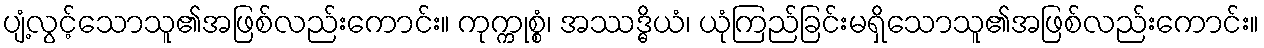
ပျံ့လွင့်သောသူ၏အဖြစ်လည်းကောင်း။ ကုက္ကုစ္စံ၊ အဿဒ္ဓိယံ၊ ယုံကြည်ခြင်းမရှိသောသူ၏အဖြစ်လည်းကောင်း။